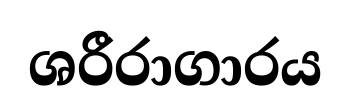
ශරීරාගාරය